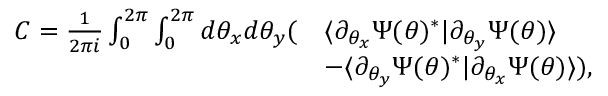
\begin{array} { r l } { C = \frac { 1 } { 2 \pi i } \int _ { 0 } ^ { 2 \pi } \int _ { 0 } ^ { 2 \pi } d \theta _ { x } d \theta _ { y } ( } & { \langle \partial _ { \theta _ { x } } \Psi ( \theta ) ^ { * } | \partial _ { \theta _ { y } } \Psi ( \theta ) \rangle } \\ & { - \langle \partial _ { \theta _ { y } } \Psi ( \theta ) ^ { * } | \partial _ { \theta _ { x } } \Psi ( \theta ) \rangle ) , } \end{array}